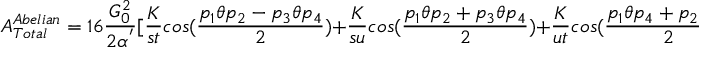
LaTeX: A _ { T o t a l } ^ { A b e l i a n } = 1 6 \frac { G _ { 0 } ^ { 2 } } { 2 \alpha ^ { ' } } [ \frac { K } { s t } c o s ( \frac { p _ { 1 } \theta p _ { 2 } - p _ { 3 } \theta p _ { 4 } } { 2 } ) + \frac { K } { s u } c o s ( \frac { p _ { 1 } \theta p _ { 2 } + p _ { 3 } \theta p _ { 4 } } { 2 } ) + \frac { K } { u t } c o s ( \frac { p _ { 1 } \theta p _ { 4 } + p _ { 2 } \theta p _ { 3 } } { 2 } ) ]